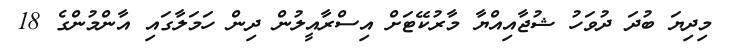
މިދިޔަ ބުދަ ދުވަހު ޝުޖާއިއްޔާ މާރުކޭޓަށް އިސްރާއީލުން ދިން ހަމަލާގައި އާންމުންގެ 18